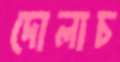
দোলাচ